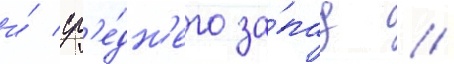
и́ ср'е́дн'его за́пад //